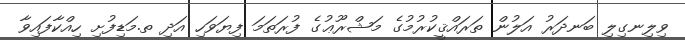
ވިލިނގިލި ބަނދަރު އަލުން ތަރައްޤީކުރުމުގެ މަޝްރޫޢުގެ ފުރަތަމަ ފިޔަވަހި އަދި ތ.މަޑިފުށި ހިއްކާފައިވާ